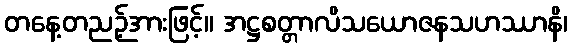
တနေ့တညဉ့်အားဖြင့်။ အဋ္ဌစတ္တာလိသယောဇနသဟဿာနိ၊